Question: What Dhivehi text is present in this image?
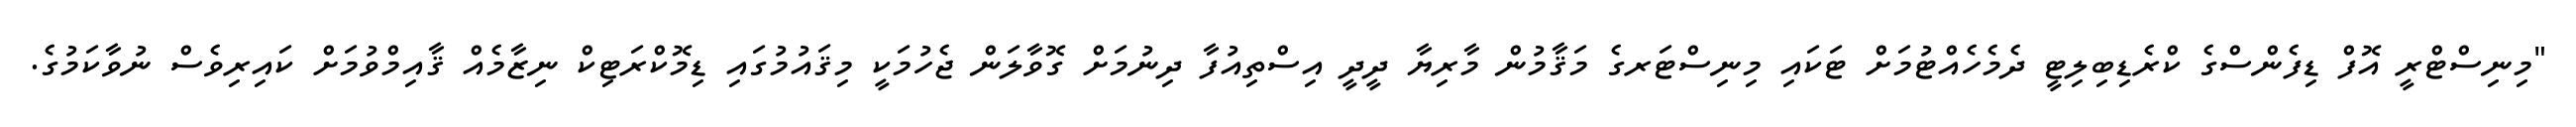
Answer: "މިނިސްޓްރީ އޮފް ޑިފެންސްގެ ކްރެޑިބިލިޓީ ދެމެހެއްޓުމަށް ޓަކައި މިނިސްޓަރގެ މަޤާމުން މާރިޔާ ދީދީ އިސްތިއުފާ ދިނުމަށް ގޮވާލަން ޖެހުމަކީ މިޤައުމުގައި ޑިމޮކްރަޓިކް ނިޒާމެއް ޤާއިމްވުމަށް ކައިރިވެސް ނުވާކަމުގެ.